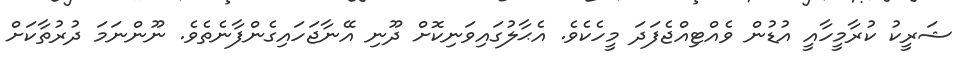
ޝަރީކު ކުރާމީހާއީ އުޑުން ވެއްޓިއްޖެފަދަ މީހެކެވެ. އެޙާލުގައިވަނިކޮށް ދޫނި އޭނާޖަހައިގެންފާނެތެވެ. ނޫންނަމަ ދުރުތާކަށް